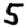
Digit: 5